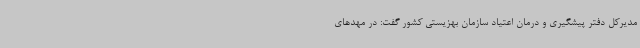
مدیرکل دفتر پیشگیری و درمان اعتیاد سازمان بهزیستی کشور گفت: در مهدهای